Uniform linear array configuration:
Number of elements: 24
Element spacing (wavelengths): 0.25
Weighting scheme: exponential
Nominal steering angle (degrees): -45
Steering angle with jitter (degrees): -44.62
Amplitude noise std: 0.05
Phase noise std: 0.05

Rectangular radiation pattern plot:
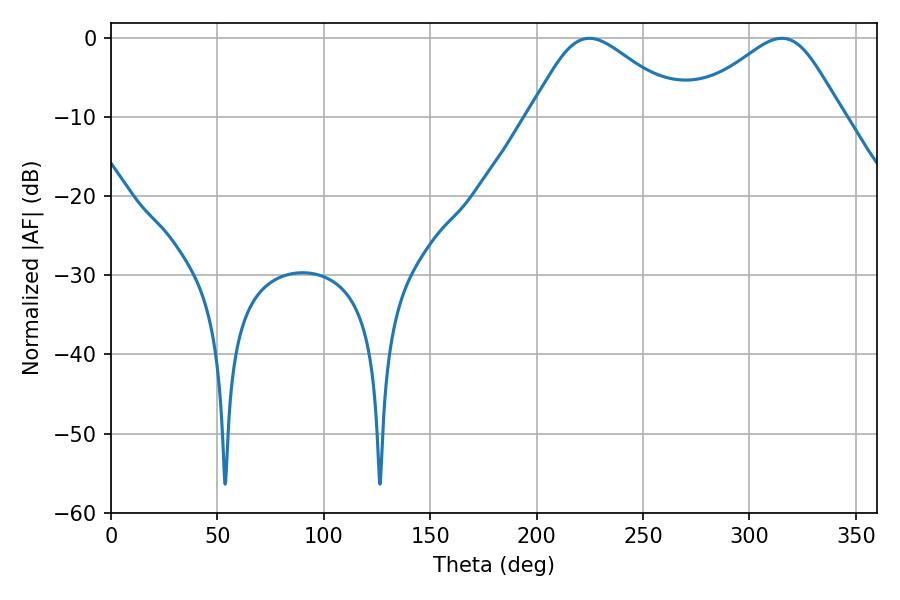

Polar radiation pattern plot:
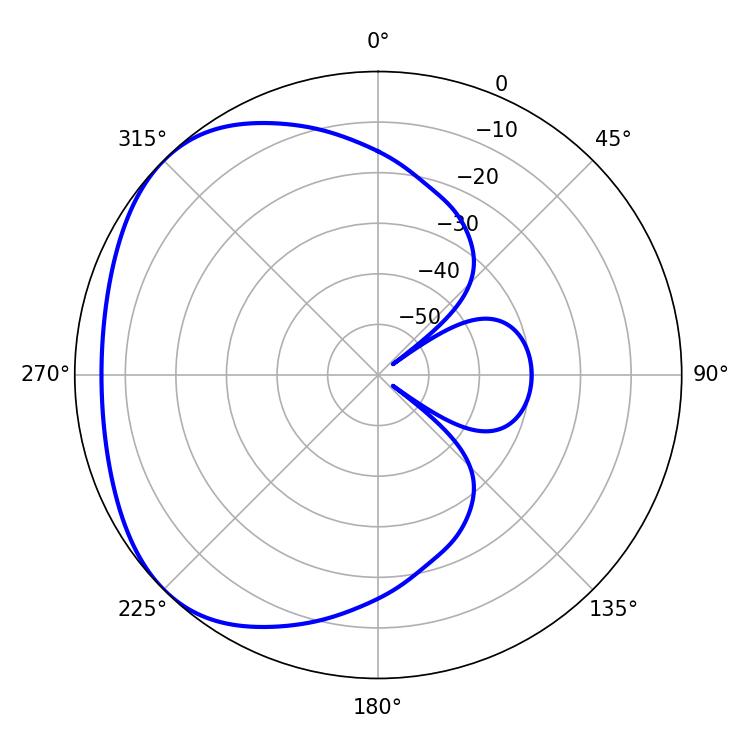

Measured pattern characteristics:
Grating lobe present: FALSE
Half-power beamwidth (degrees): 36
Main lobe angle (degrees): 224.82